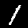
Label: 1